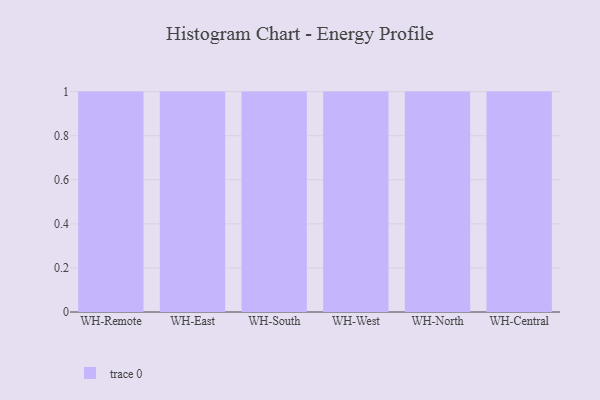
{"axis": {"x": "Warehouse", "y": "Page Views"}, "legend": [""], "data": [{"x": "WH-Remote", "y": 63, "type": ""}, {"x": "WH-East", "y": 46, "type": ""}, {"x": "WH-South", "y": 52, "type": ""}, {"x": "WH-West", "y": 26, "type": ""}, {"x": "WH-North", "y": 10, "type": ""}, {"x": "WH-Central", "y": 49, "type": ""}]}